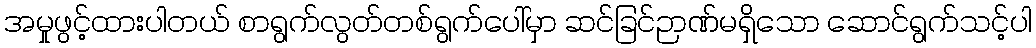
အမှုဖွင့်ထားပါတယ် စာရွက်လွတ်တစ်ရွက်ပေါ်မှာ ဆင်ခြင်ဉာဏ်မရှိသော ဆောင်ရွက်သင့်ပါ